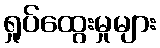
ရှုပ်ထွေးမှုများ